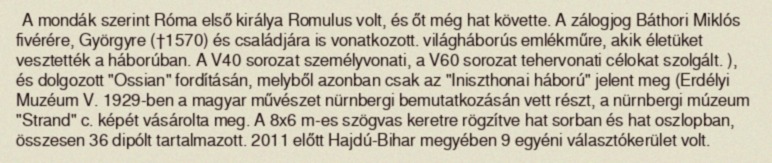
A mondák szerint Róma első királya Romulus volt, és őt még hat követte. A zálogjog Báthori Miklós fivérére, Györgyre (†1570) és családjára is vonatkozott. világháborús emlékműre, akik életüket vesztették a háborúban. A V40 sorozat személyvonati, a V60 sorozat tehervonati célokat szolgált. ), és dolgozott "Ossian" fordításán, melyből azonban csak az "Iniszthonai háború" jelent meg (Erdélyi Muzéum V. 1929-ben a magyar művészet nürnbergi bemutatkozásán vett részt, a nürnbergi múzeum "Strand" c. képét vásárolta meg. A 8x6 m-es szögvas keretre rögzítve hat sorban és hat oszlopban, összesen 36 dipólt tartalmazott. 2011 előtt Hajdú-Bihar megyében 9 egyéni választókerület volt.